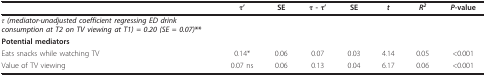
<table><thead><tr><td></td><td><b>τ&#x27;</b></td><td><b>SE</b></td><td><b>τ - τ&#x27;</b></td><td><b>SE</b></td><td><b><i>t</i></b></td><td><b><i>R<sup>2</sup></i></b></td><td><b><i>P</i>-value</b></td></tr></thead><tbody><tr><td><i><b>τ </b>(mediator-unadjusted coefficient regressing ED drink consumption at T2 on TV viewing at T1) = 0.20 (SE = 0.07)</i>**</td><td></td><td></td><td></td><td></td><td></td><td></td><td></td></tr><tr><td><b>Potential mediators</b></td><td></td><td></td><td></td><td></td><td></td><td></td><td></td></tr><tr><td>Eats snacks while watching TV</td><td>0.14*</td><td>0.06</td><td>0.07</td><td>0.03</td><td>4.14</td><td>0.05</td><td>&lt;0.001</td></tr><tr><td>Value of TV viewing</td><td>0.07 ns</td><td>0.06</td><td>0.13</td><td>0.04</td><td>6.17</td><td>0.06</td><td>&lt;0.001</td></tr></tbody></table>